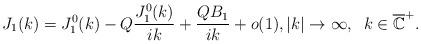
LaTeX: \begin{align*} J_1(k)=J_1^0(k)-Q\frac{J_1^0(k)}{ik}+\frac{QB_1}{ik}+o(1),|k|\to\infty,\;\;k\in \overline{\mathbb{C}}^{+}.\end{align*}